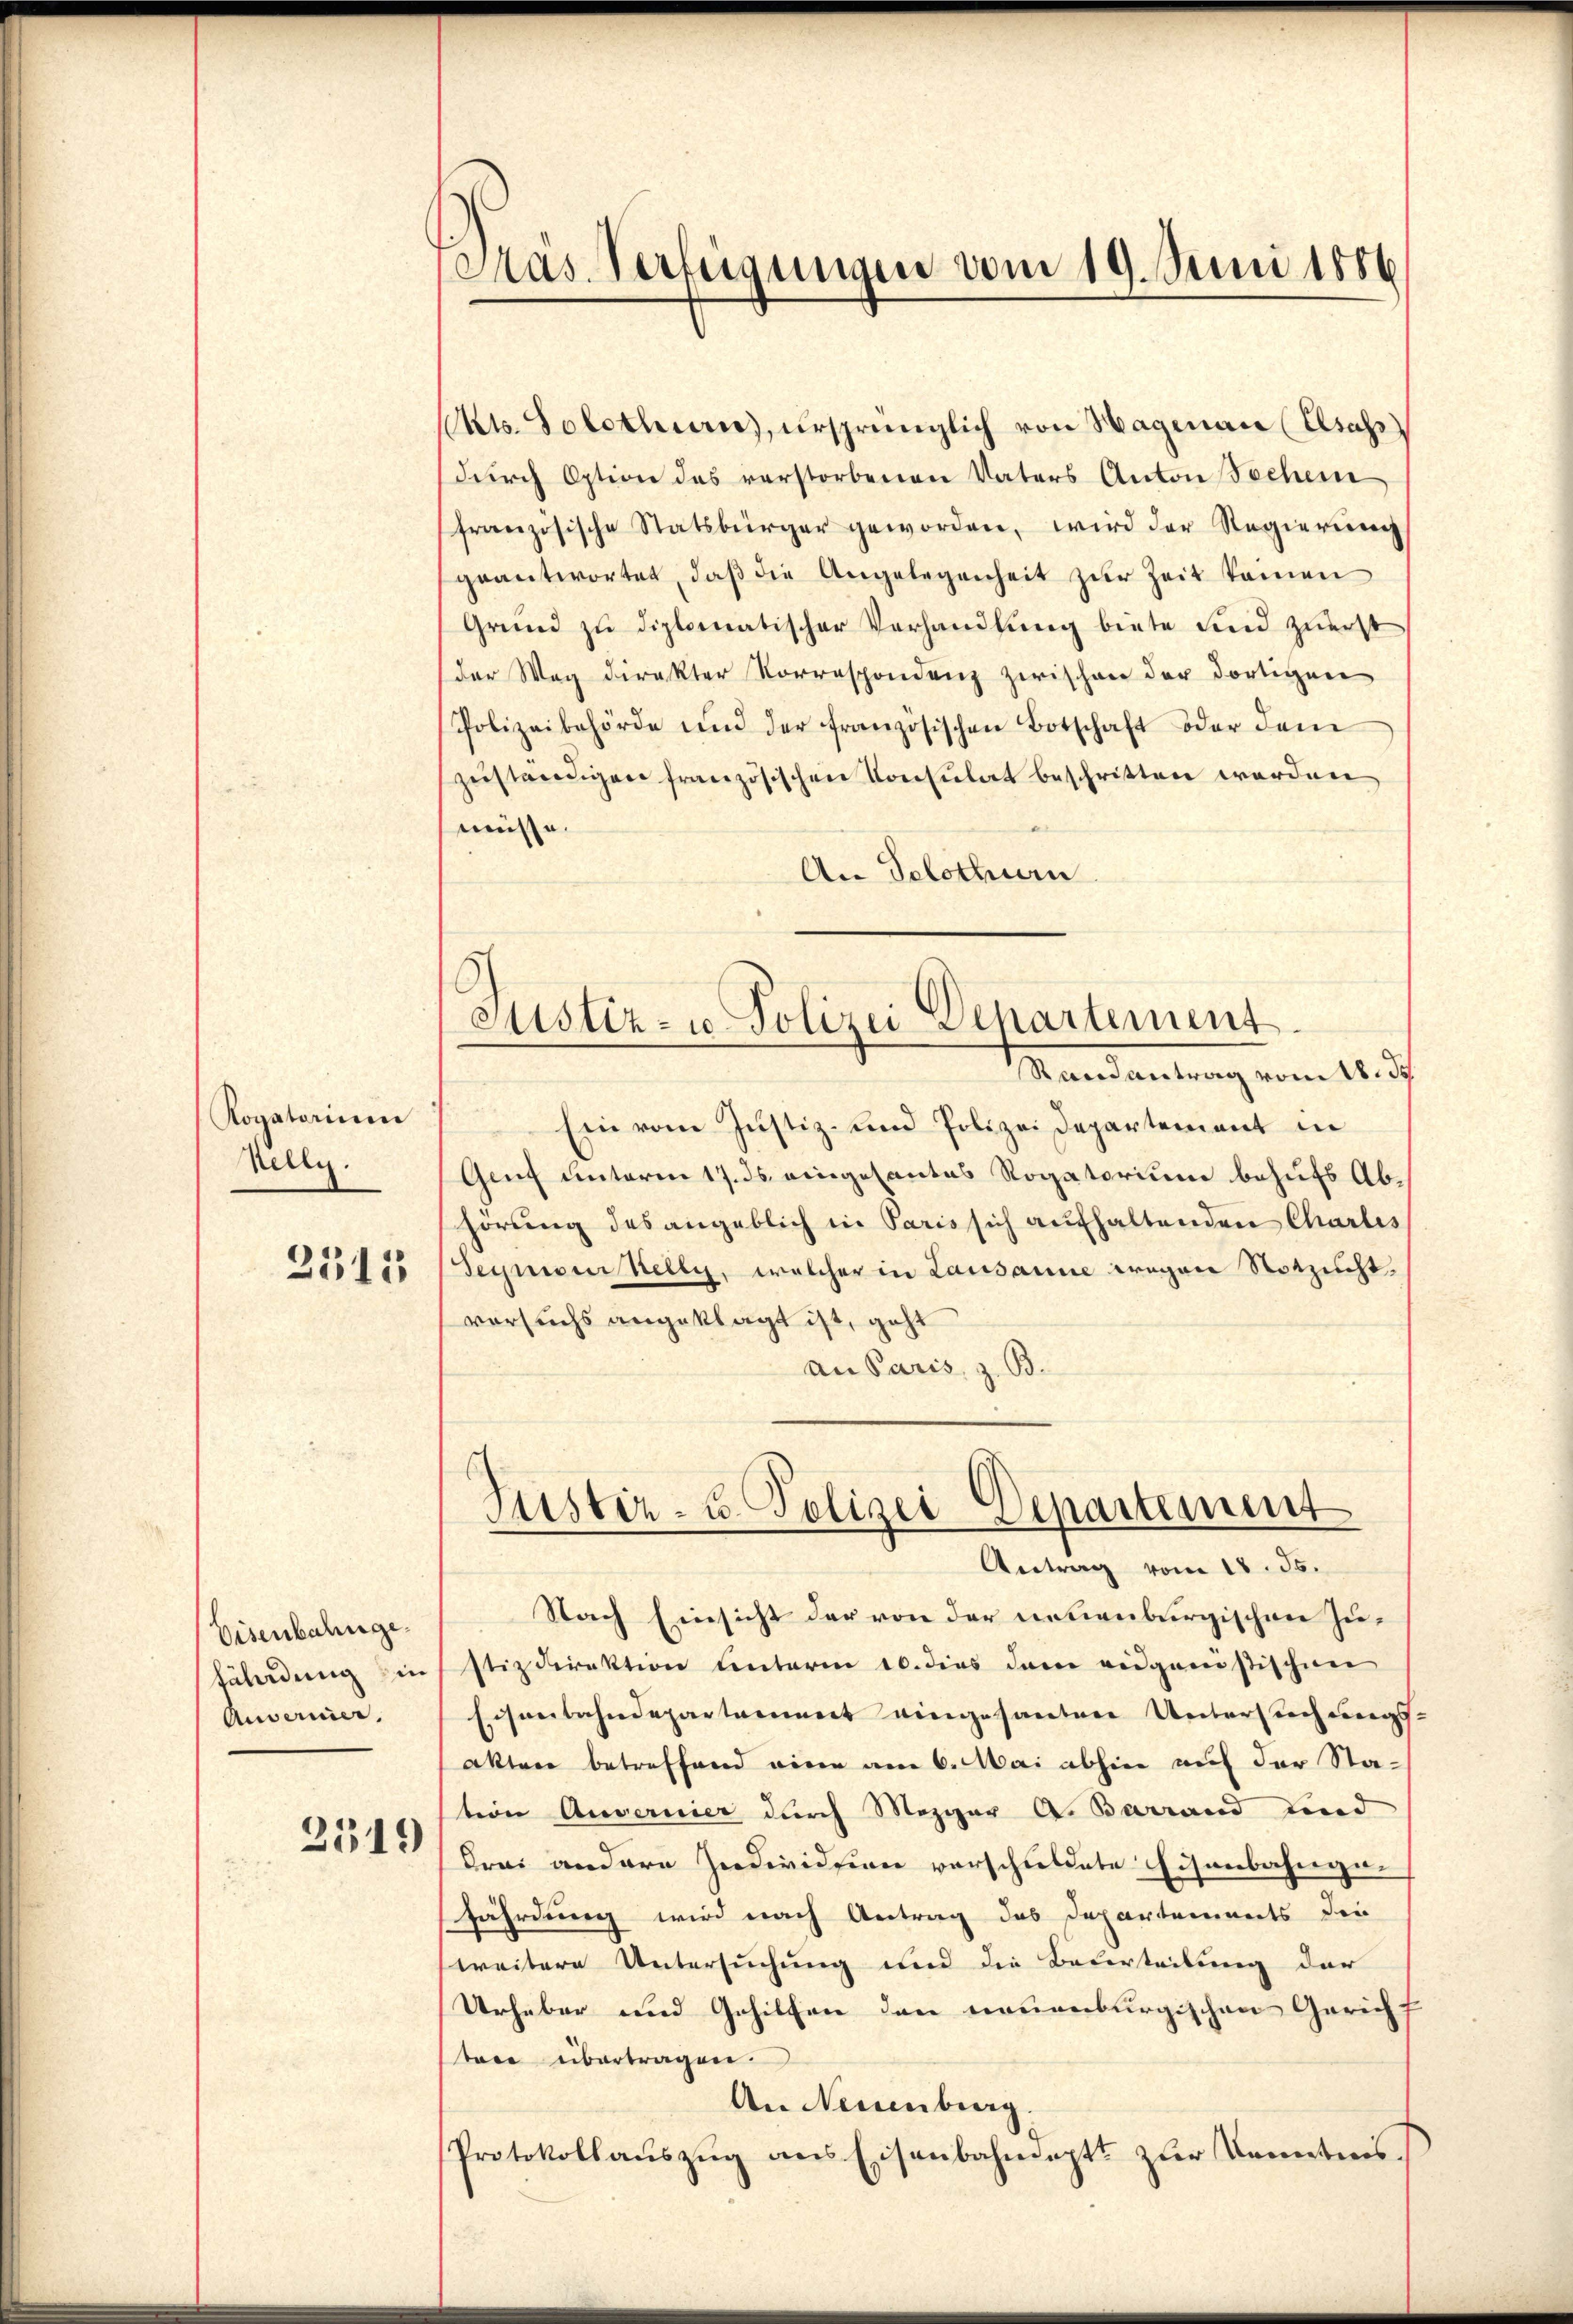
Kogatorium
Nelly.
2315

Eisenbahnge
fährdung in
Anverner.

2319

Pas. Verfügungen vom 19. Juni 1886

Mts. Solothurn, ursprünglich von Wagmann (Elsass
dŭrch Option das verstorbenen Vaters Anton Tschein
französische Statsbürger geworden, wird der Regierung
geantwortet, daß die Angelegenheit zur Zeit keinen
Grund zu diplomatischer Verhandlung biete und zuerst
(der Weg direkter Korrespondenz zwischen der dortigen
Polizeibehörde und der französischen Botschaft oder dem
zuständigen französischen Konsulat beschritten werden
müsse.
An Solothurn
Ein vom Justiz- und Polizei Departement in
Genf unterm 17. ds. eingesantes Rogatorium behufs Abhörung des angeblich in Paris sich aufhaltenden Charles
Seymonstelly, welcher in Lausanne wegen Notzuchtversuchs angeklagt ist, geht
an Paris, z. B.
Justiz- u. Polizei Departement
Antrag vom 18. ds.
Nach Einsicht der von der neuenburgischen Zustizdirektion unterm 10. dies dem eidgenössischen
Eisenbahndepartament eingesanten Untersuchungsakten betreffend eine am 6. Mai abhin auf der Station Anvernier durch Mezger A. Barrand und
drei andere Indivision verschuldete Eisenbahngefährdung wird nach Antrag das Departements die
weitere Untersuchung und die Bederteilung der
Urheber und Gehilfen den neuenburgischen Gericht
tere übertragen.
An Neuenburg.
Protokollauszug aus Eisenbahnepts zur Kenntnis.

Justiz- u. Polizei Departement.
Mandantrag vom 18. d.